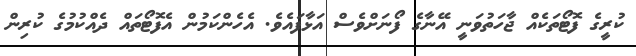
ކުރީގެ ފޮޓޯތަކެއް ޖާހަތުވަނީ އޭނާގެ ފޯނަށްވެސް އަޅާފައެވެ. އެހެންކަމުން އެފޮޓޯތައް ދެއްކުމުގެ ކުރިން